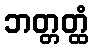
ဘတ္တတ္ထံ